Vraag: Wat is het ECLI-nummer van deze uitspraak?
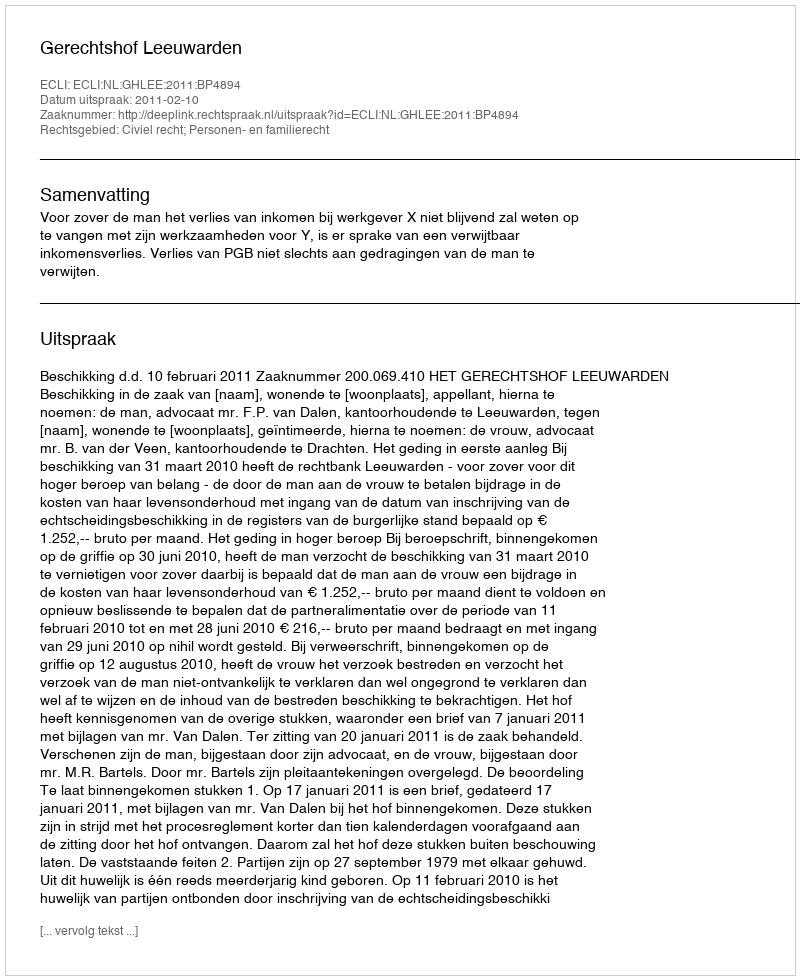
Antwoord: ECLI:NL:GHLEE:2011:BP4894